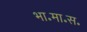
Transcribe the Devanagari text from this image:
भा॰मा॰स॰